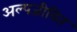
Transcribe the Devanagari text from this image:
अल्पजीवित